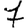
Digit: 7